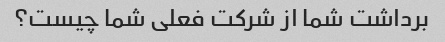
برداشت شما از شرکت فعلی شما چیست؟